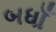
બધાઁ